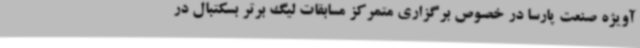
آویژه صنعت پارسا در خصوص برگزاری متمرکز مسابقات لیگ برتر بسکتبال در